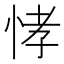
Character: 𭜸